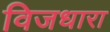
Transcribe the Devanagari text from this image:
विजधारा